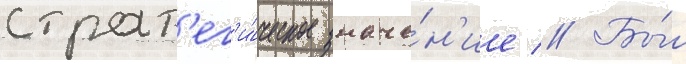
страт'ег'и́ческое значе́н'ие // Бы́л